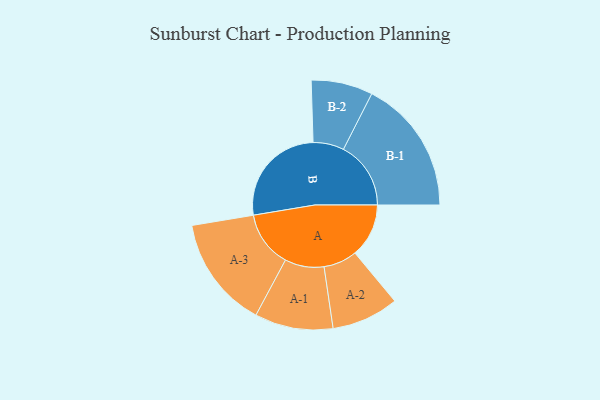
{"axis": {"x": "Segment", "y": "Value"}, "legend": ["", "A", "B"], "data": [{"x": "A", "y": 213, "type": ""}, {"x": "B", "y": 414, "type": ""}, {"x": "A-1", "y": 155, "type": "A"}, {"x": "A-2", "y": 133, "type": "A"}, {"x": "A-3", "y": 222, "type": "A"}, {"x": "B-1", "y": 267, "type": "B"}, {"x": "B-2", "y": 122, "type": "B"}]}